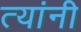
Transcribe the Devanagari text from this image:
त्यांनी